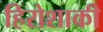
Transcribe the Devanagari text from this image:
हिरोशाकी